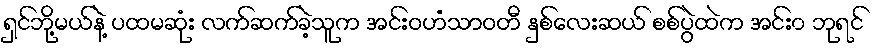
ရှင်ဘို့မယ်နဲ့ ပထမဆုံး လက်ဆက်ခဲ့သူက အင်းဝဟံသာဝတီ နှစ်လေးဆယ် စစ်ပွဲထဲက အင်း၀ ဘုရင်